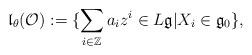
LaTeX: \begin{align*}\mathfrak{l}_\theta(\mathcal{O}):= \{\sum_{i \in \mathbb{Z}} a_i z^i \in L\mathfrak{g} | X_i \in \mathfrak{g}_{0} \},\end{align*}